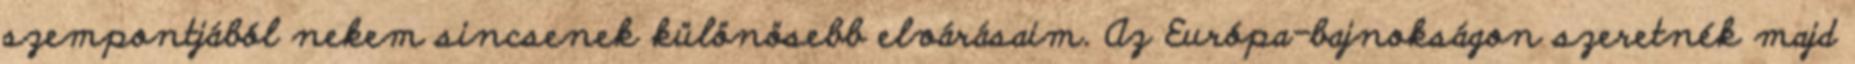
szempontjából nekem sincsenek különösebb elvárásaim. Az Európa-bajnokságon szeretnék majd